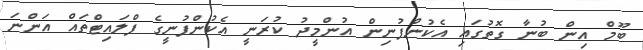
ބޫމް އިން ބުނާ ގޮތުގައި އެކުންފުނިން އުންމީދު ކުރަނީ އެކުންފުނީގެ ފްލައިޓްތައް އަންނަ